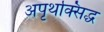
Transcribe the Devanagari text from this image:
अपृथक्सिद्ध